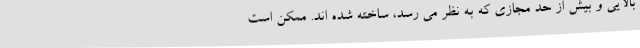
بالایی و بیش از حد مجازی که به نظر می رسد، ساخته شده اند. ممکن است